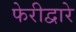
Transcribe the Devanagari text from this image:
फेरीद्वारे